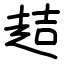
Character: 趌